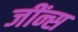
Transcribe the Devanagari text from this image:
जींन्स